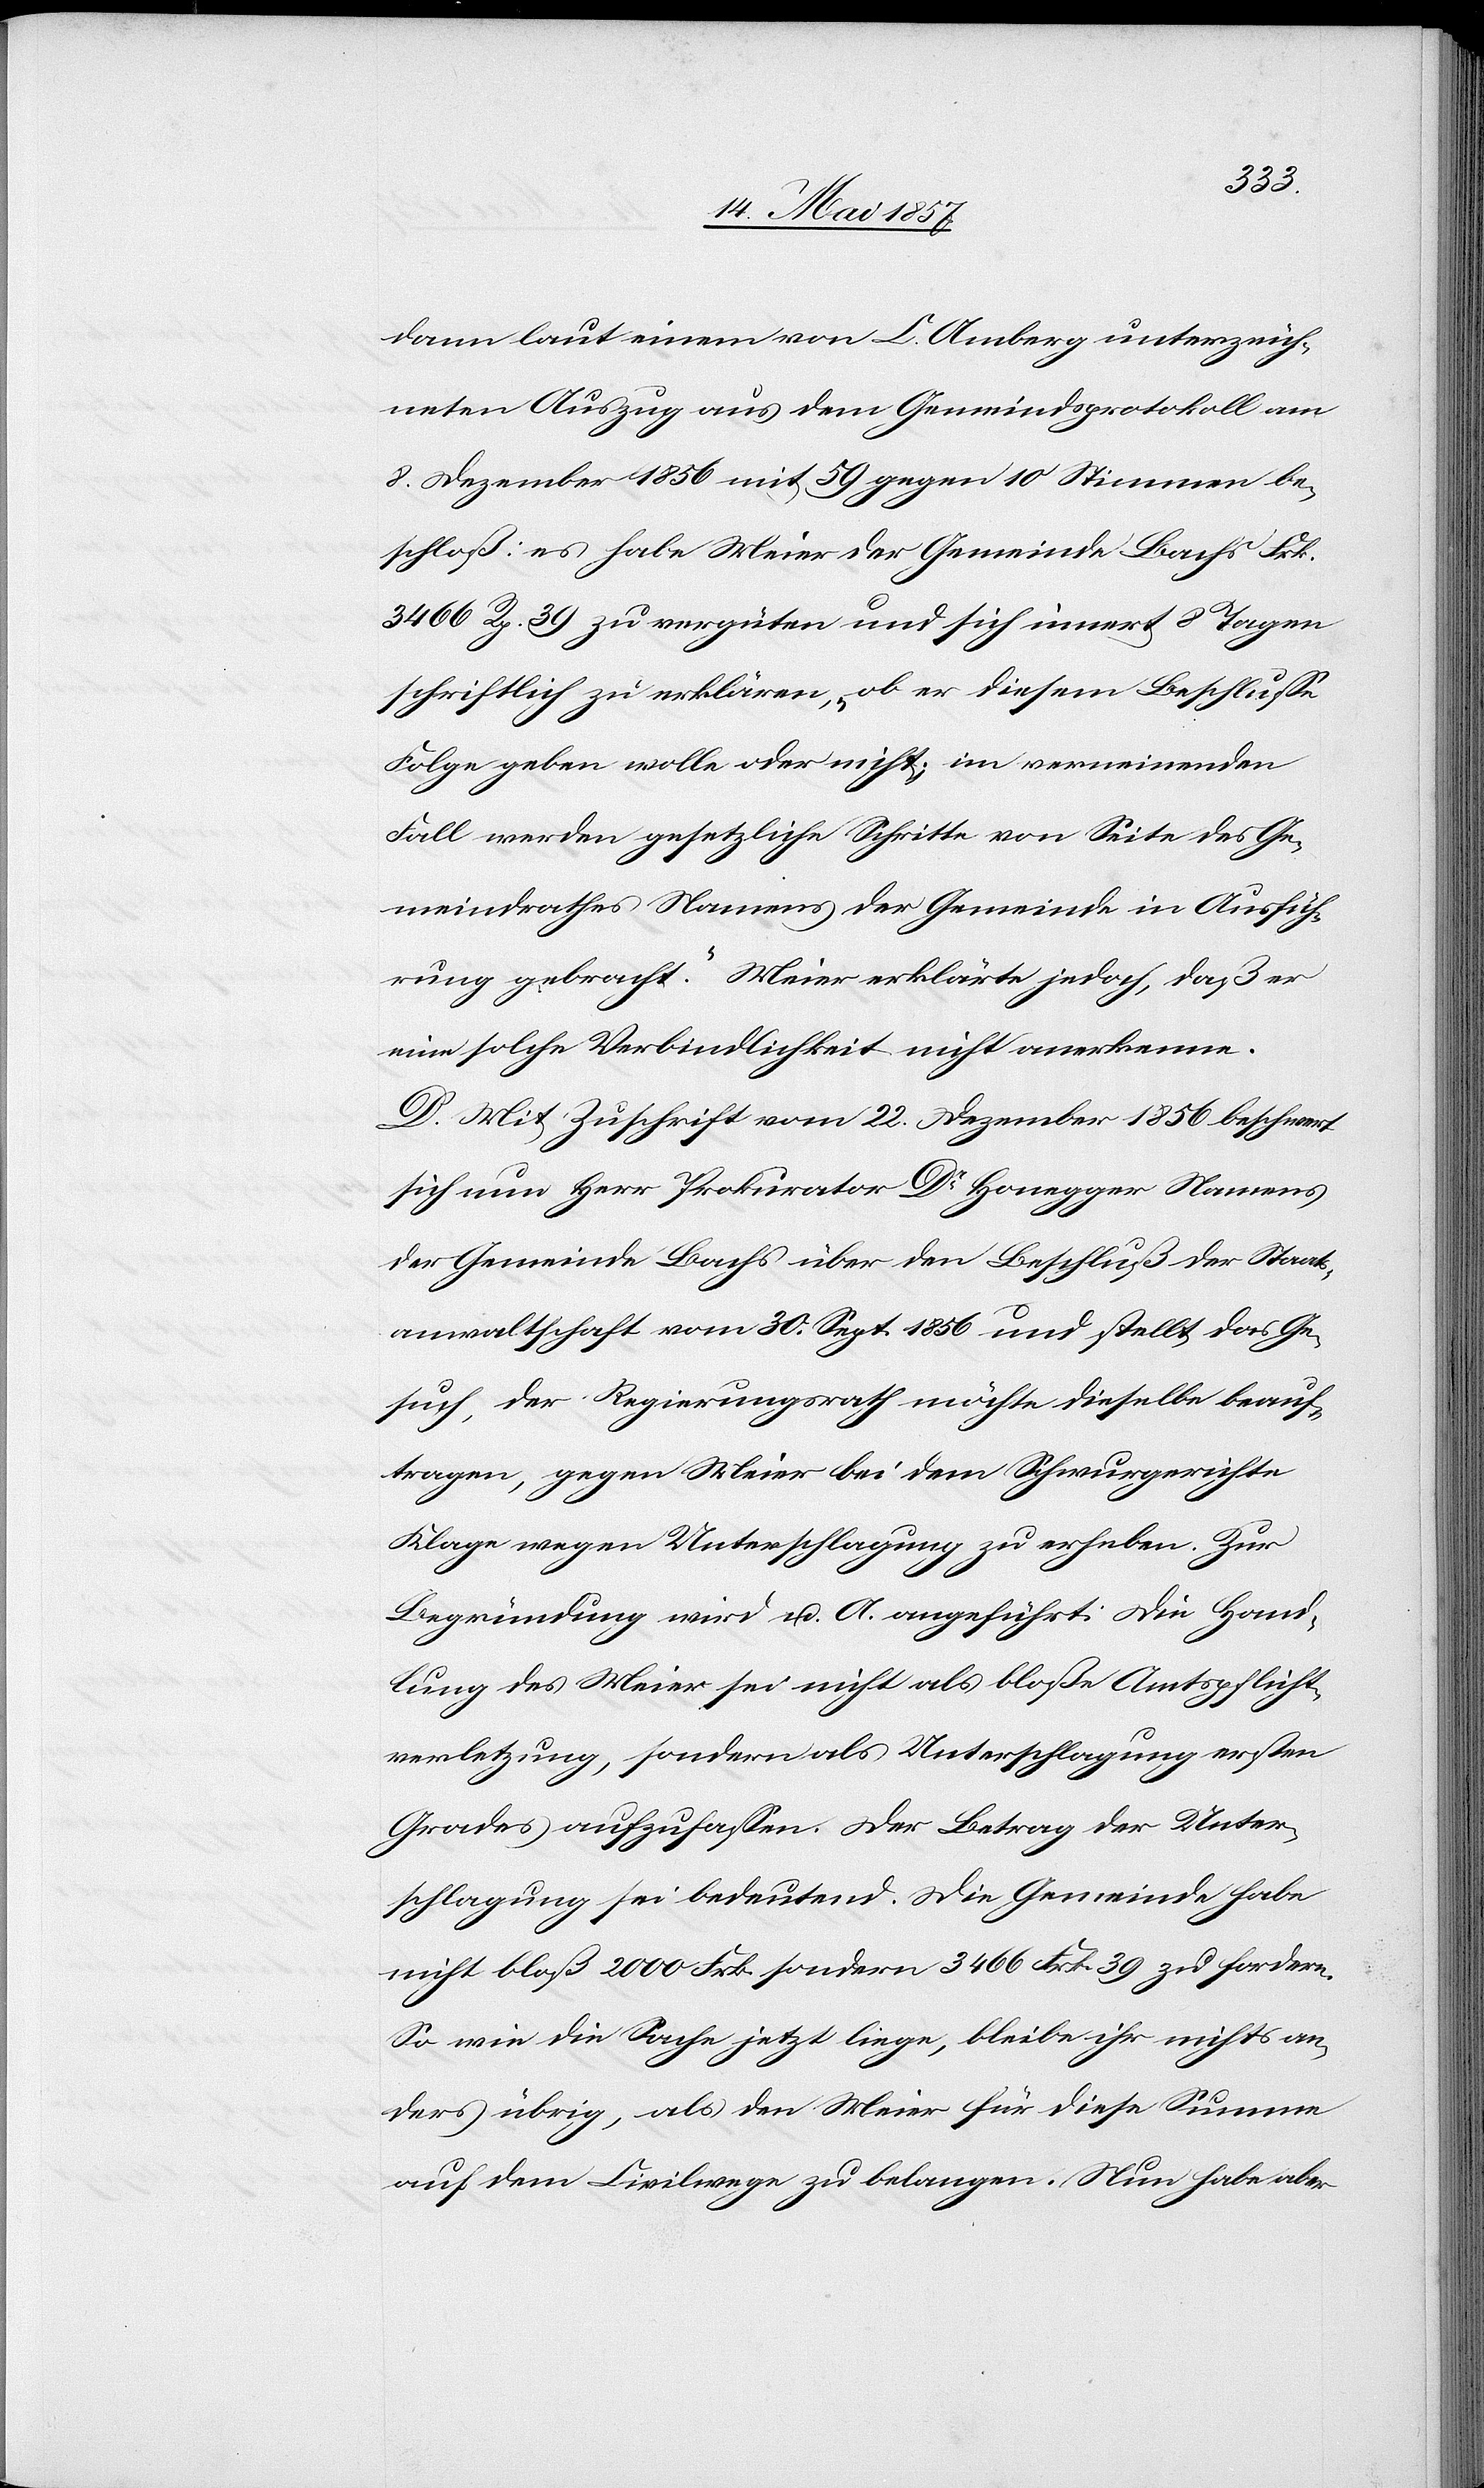
dann laut einem von C. Amberg unterzeich¬
neten Auszug aus dem Gemeindsprotokoll am
8 Dezember 1856 mit 59 gegen 10 Stimmen be¬
schloß: es habe Meier der Gemeinde Bachs Frk.
3466 Rp. 39 zu vergüten und sich innert 8 Tagen
schriftlich zu erklären, „ob er diesem Beschlusse
Folge geben wolle oder nicht, im verneinenden
Fall werden gesetzliche Schritte von Seite des Ge¬
meindrathes Namens der Gemeinde in Ausfüh¬
rung gebracht“. Meier erklärte jedoch, daß er
eine solche Verbindlichkeit nicht anerkenne.
D. Mit Zuschrift vom 22 Dezember 1856 beschwert
sich nun Herr Prokurator Dr Honegger Namens
der Gemeinde Bachs über den Beschluß der Staats¬
anwaltschaft vom 30 September 1856 und stellt das Ge¬
such, der Regierungsrath möchte dieselbe beauf¬
tragen, gegen Meier bei dem Schwurgerichte
Klage wegen Unterschlagung zu erheben. Zur
Begründung wird u. A. angeführt: Die Hand¬
lung des Meier sei nicht als bloße Amtspflicht¬
verletzung, sondern als Unterschlagung ersten
Grades aufzufassen. Der Betrag der Unter¬
schlagung sei bedeutend. Die Gemeinde habe
nicht bloß 2000 Frk. sondern 3466 Frk. 39 zu fordern.
So wie die Sache jetzt liege, bleibe ihr nichts an¬
ders übrig, als den Meier für diese Summe
auf dem Civilwege zu belangen. Nun habe aber